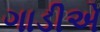
ગાડીએ